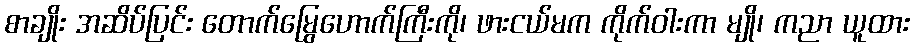
စာချိုး အဆိပ်ပြင်း တောက်မြွေဟောက်ကြီးကို၊ ဖားငယ်မက ကိုက်ဝါးကာ မျို၊ ကညာ ယူထား